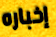
إخباره